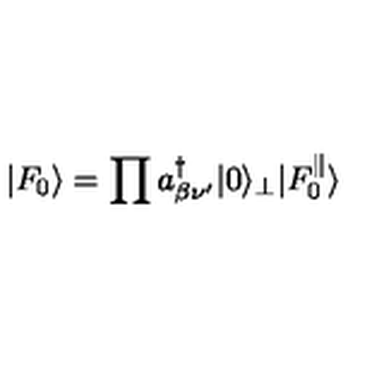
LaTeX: | F _ { 0 } \rangle = \prod a _ { \beta \nu ^ { \prime } } ^ { \dagger } | 0 \rangle _ { \bot } | F _ { 0 } ^ { \parallel } \rangle